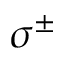
\sigma ^ { \pm }